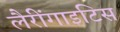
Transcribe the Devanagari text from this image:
लैरींगाइटिस